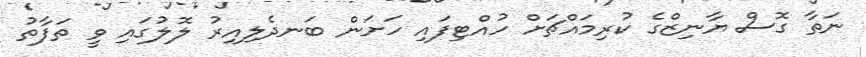
ނަތާ ގޮސް ޔާނިޒްގެ ކުރިމައްޗަށް ހުއްޓިފައި ހަށަން ބަނދެލިއިރު ލޮލުގައި ވީ ތަފާތު